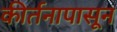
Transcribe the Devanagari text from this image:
कीर्तनापासून